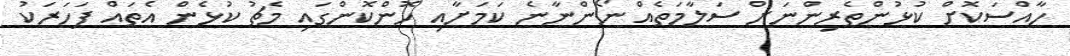
ހާއްސަކޮށް ކުޅުންތެރިންނަށް ސަލާމަތެއް ނޯންނާނެ ކަމަށާއި ހޮންކޮންގައި މެޗު ކުޅެން އެތައް ފަހަރަކު